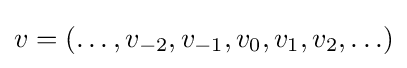
v=(\ldots ,v_{-2},v_{-1},v_{0},v_{1},v_{2},\ldots )